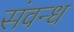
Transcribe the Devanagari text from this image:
संवन्ध